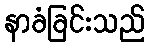
နာခံခြင်းသည်